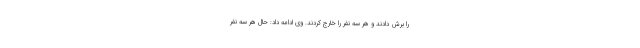
را برش دادند و هر سه نفر را خارج کردند. وی ادامه داد: حال هر سه نفر